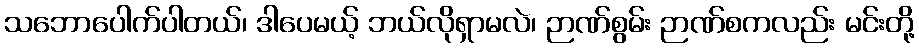
သဘောပေါက်ပါတယ်၊ ဒါပေမယ့် ဘယ်လိုရှာမလဲ၊ ဉာဏ်စွမ်း ဉာဏ်စကလည်း မင်းတို့